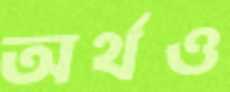
অর্থও